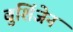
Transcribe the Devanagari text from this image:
बुशिंजेन